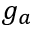
g _ { a }